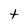
Character: t